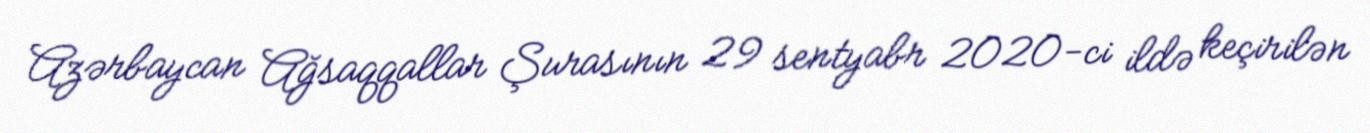
Azərbaycan Ağsaqqallar Şurasının 29 sentyabr 2020-ci ildə keçirilən